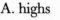
A. highs